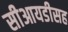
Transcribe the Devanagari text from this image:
सीआयडीसह